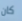
كان